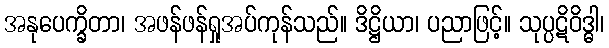
အနုပေက္ခိတာ၊ အဖန်ဖန်ရှုအပ်ကုန်သည်။ ဒိဋ္ဌိယာ၊ ပညာဖြင့်။ သုပ္ပဋိဝိဒ္ဓါ၊